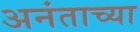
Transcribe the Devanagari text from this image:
अनंताच्या